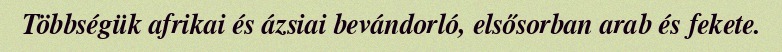
Többségük afrikai és ázsiai bevándorló, elsősorban arab és fekete.